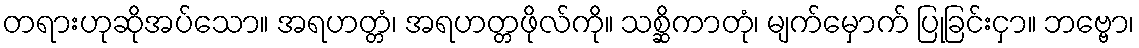
တရားဟုဆိုအပ်သော။ အရဟတ္တံ၊ အရဟတ္တဖိုလ်ကို။ သစ္ဆိကာတုံ၊ မျက်မှောက် ပြုခြင်းငှာ။ ဘဗ္ဗော၊